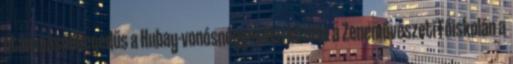
után másodhegedűs a Hubay-vonósnégyesben között a Zeneművészeti Főiskolán a